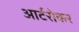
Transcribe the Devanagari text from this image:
आर्टरोकर